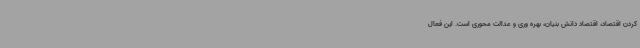
کردن اقتصاد، اقتصاد دانش بنیان، بهره وری و عدالت محوری است. این فعال